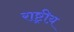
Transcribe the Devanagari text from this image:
राष्ट्रीय़